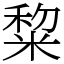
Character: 䊍